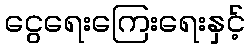
ငွေရေးကြေးရေးနှင့်